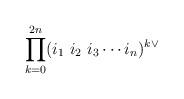
LaTeX: \begin{align*} \prod_{k=0}^{2n} (i_1\ i_2\ i_3\cdots i_n)^{k\vee} \end{align*}